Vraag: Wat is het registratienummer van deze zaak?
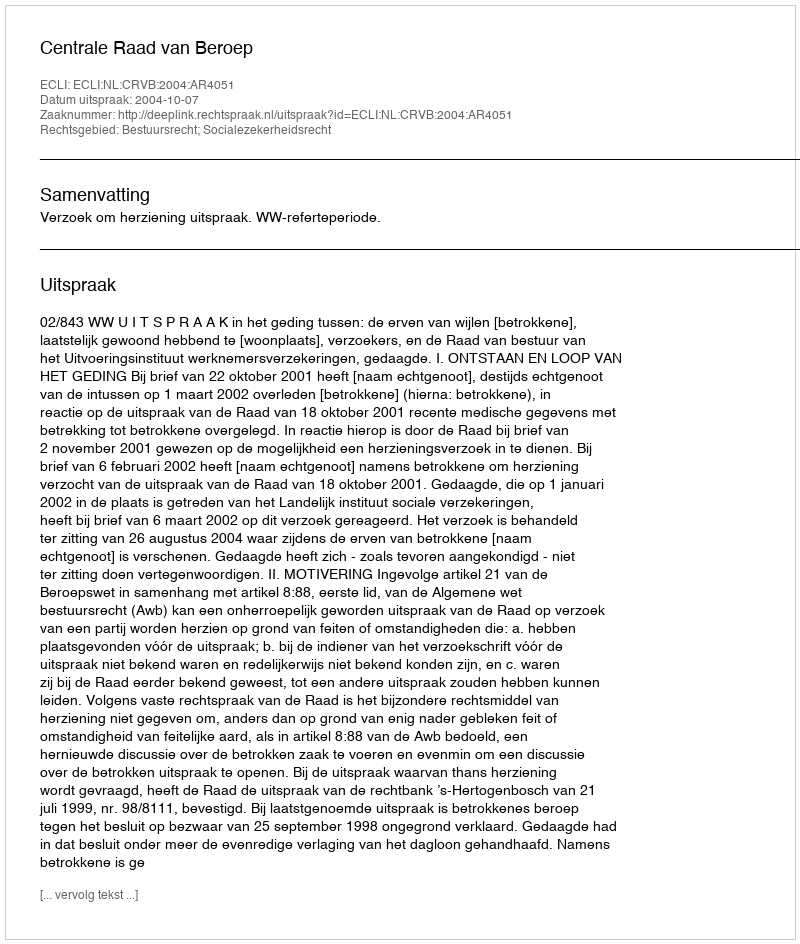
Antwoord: http://deeplink.rechtspraak.nl/uitspraak?id=ECLI:NL:CRVB:2004:AR4051